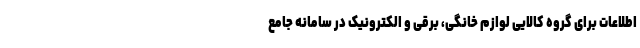
اطلاعات برای گروه کالایی لوازم خانگی، برقی و الکترونیک در سامانه جامع